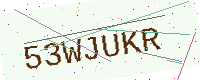
Text: 53WJUKR